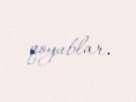
qoyublar.